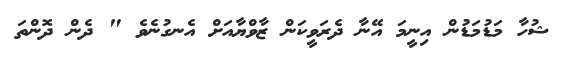
ޝުހާ މަޑުމަޑުން އިނީމަ އޭނާ ދެރަވީކަން ޒާވްޔާއަށް އެނގުނެވެ " ދެން ދޮންތަ